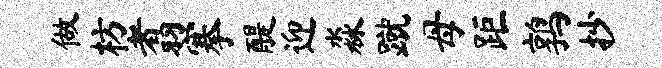
做枋翥搴醍迎淼蹴母距鹑抄